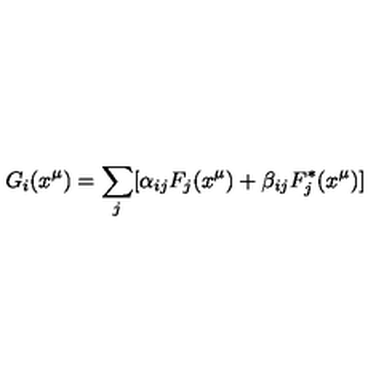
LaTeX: G _ { i } ( x ^ { \mu } ) = \sum _ { j } [ \alpha _ { i j } F _ { j } ( x ^ { \mu } ) + \beta _ { i j } F _ { j } ^ { * } ( x ^ { \mu } ) ]